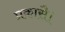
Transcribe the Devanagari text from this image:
प्रकासै।